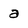
Character: a